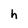
Character: h